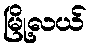
မြို့လယ်